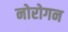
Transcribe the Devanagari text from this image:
नोरोगन